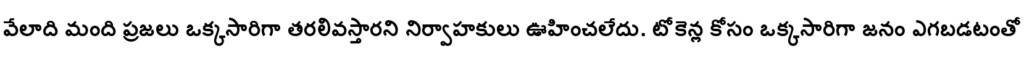
వేలాది మంది ప్రజలు ఒక్కసారిగా తరలివస్తారని నిర్వాహకులు ఊహించలేదు. టోకెన్ల కోసం ఒక్కసారిగా జనం ఎగబడటంతో